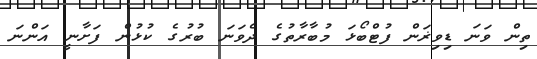
ތިން ވަނަ ޑިވިޜަން ފުޓްބޯޅަ މުބާރާތުގެ ދެވަނަ ބުރުގެ ކުޅުން ފަށާނީ އަންނަ